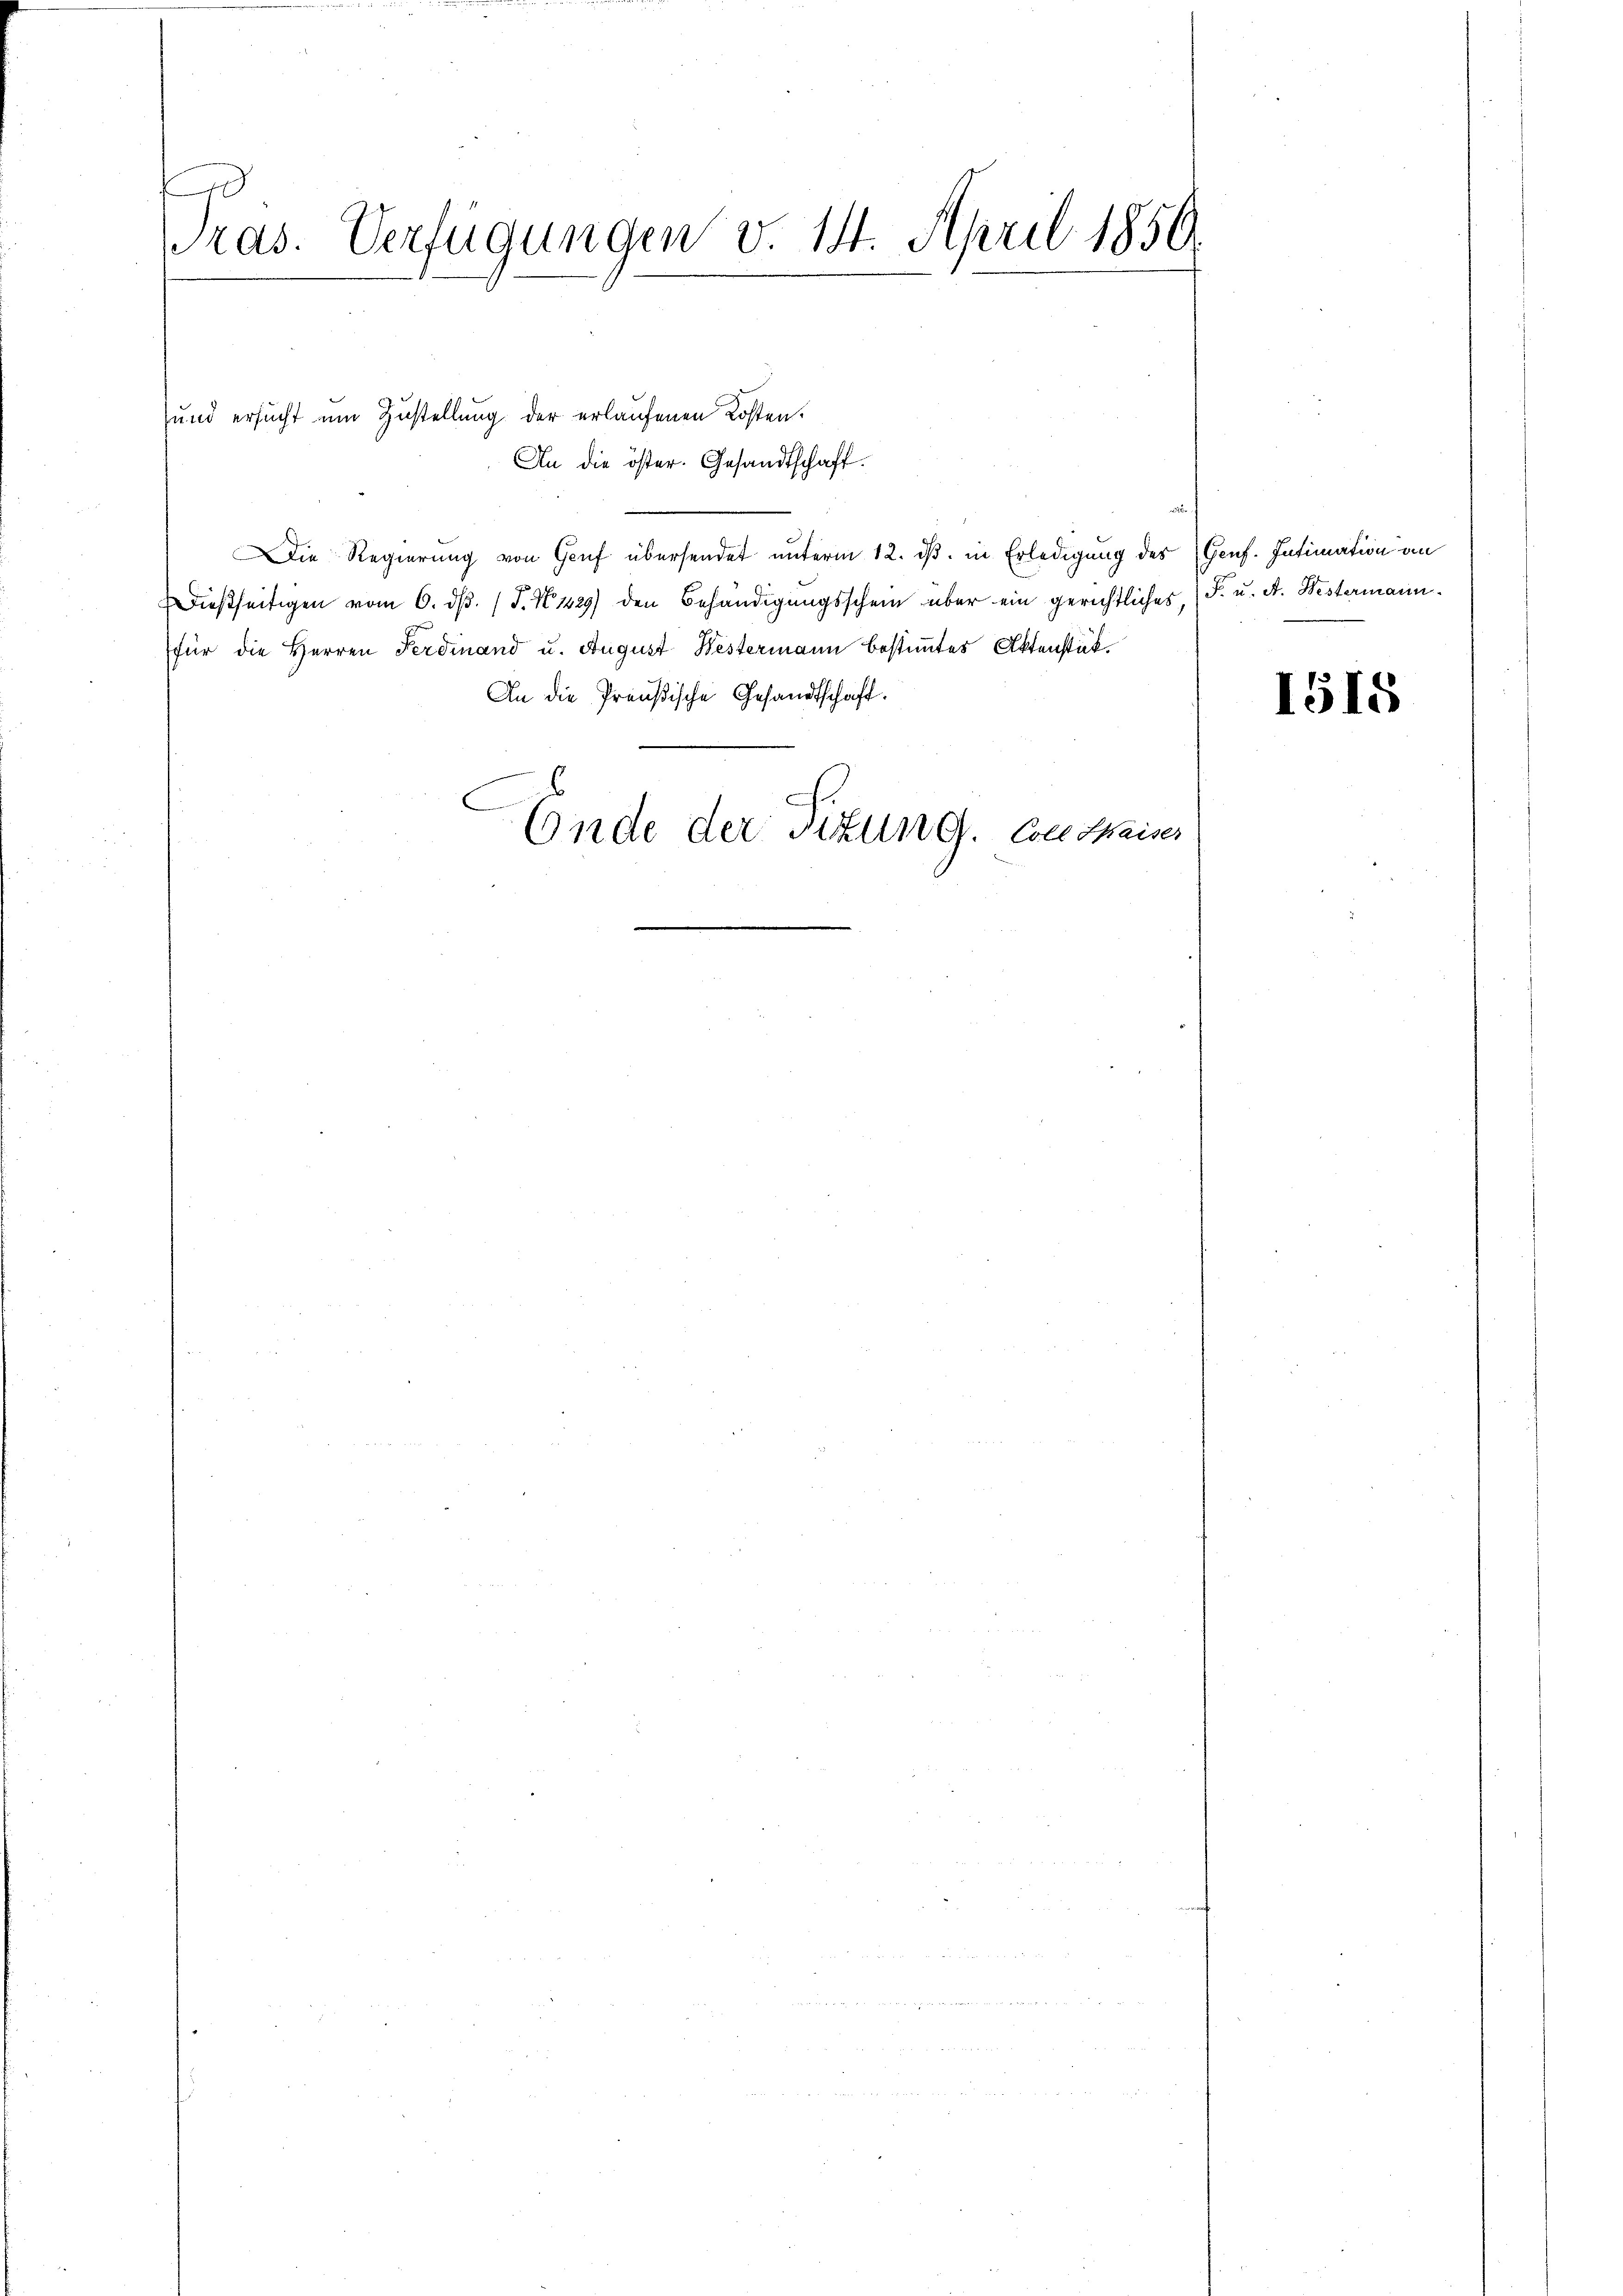
s
Pras. Verfügungen v. 14. April 1850.
e

und ersucht um Zustellung der erlaufenen Kosten

An die öster. Gesandtschaft.
Die Regierung von Genf übersendet unterm 12. ds. in Erledigung des (Genf. Intimation an
dießseitigen vom 6. ds. (T. N. 1429) den Behändigungsschein über ein gerichtliches, (F. u. A. Westermann.
für die Herren Ferdinand u. August Westermann bestimmtes Aktenstük¬
An die Preußische Gesandtschaft.
Ende der Titung. Von Meises

1515